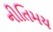
નીતિમય